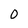
Character: 0